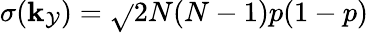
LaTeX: \sigma(\mathbf{k}_{\mathcal{{Y}}})=\sqrt{}{{2N(N-1)p(1-p)}}